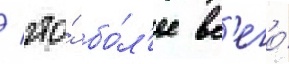
/ что́ бо́л'ее вс'его́